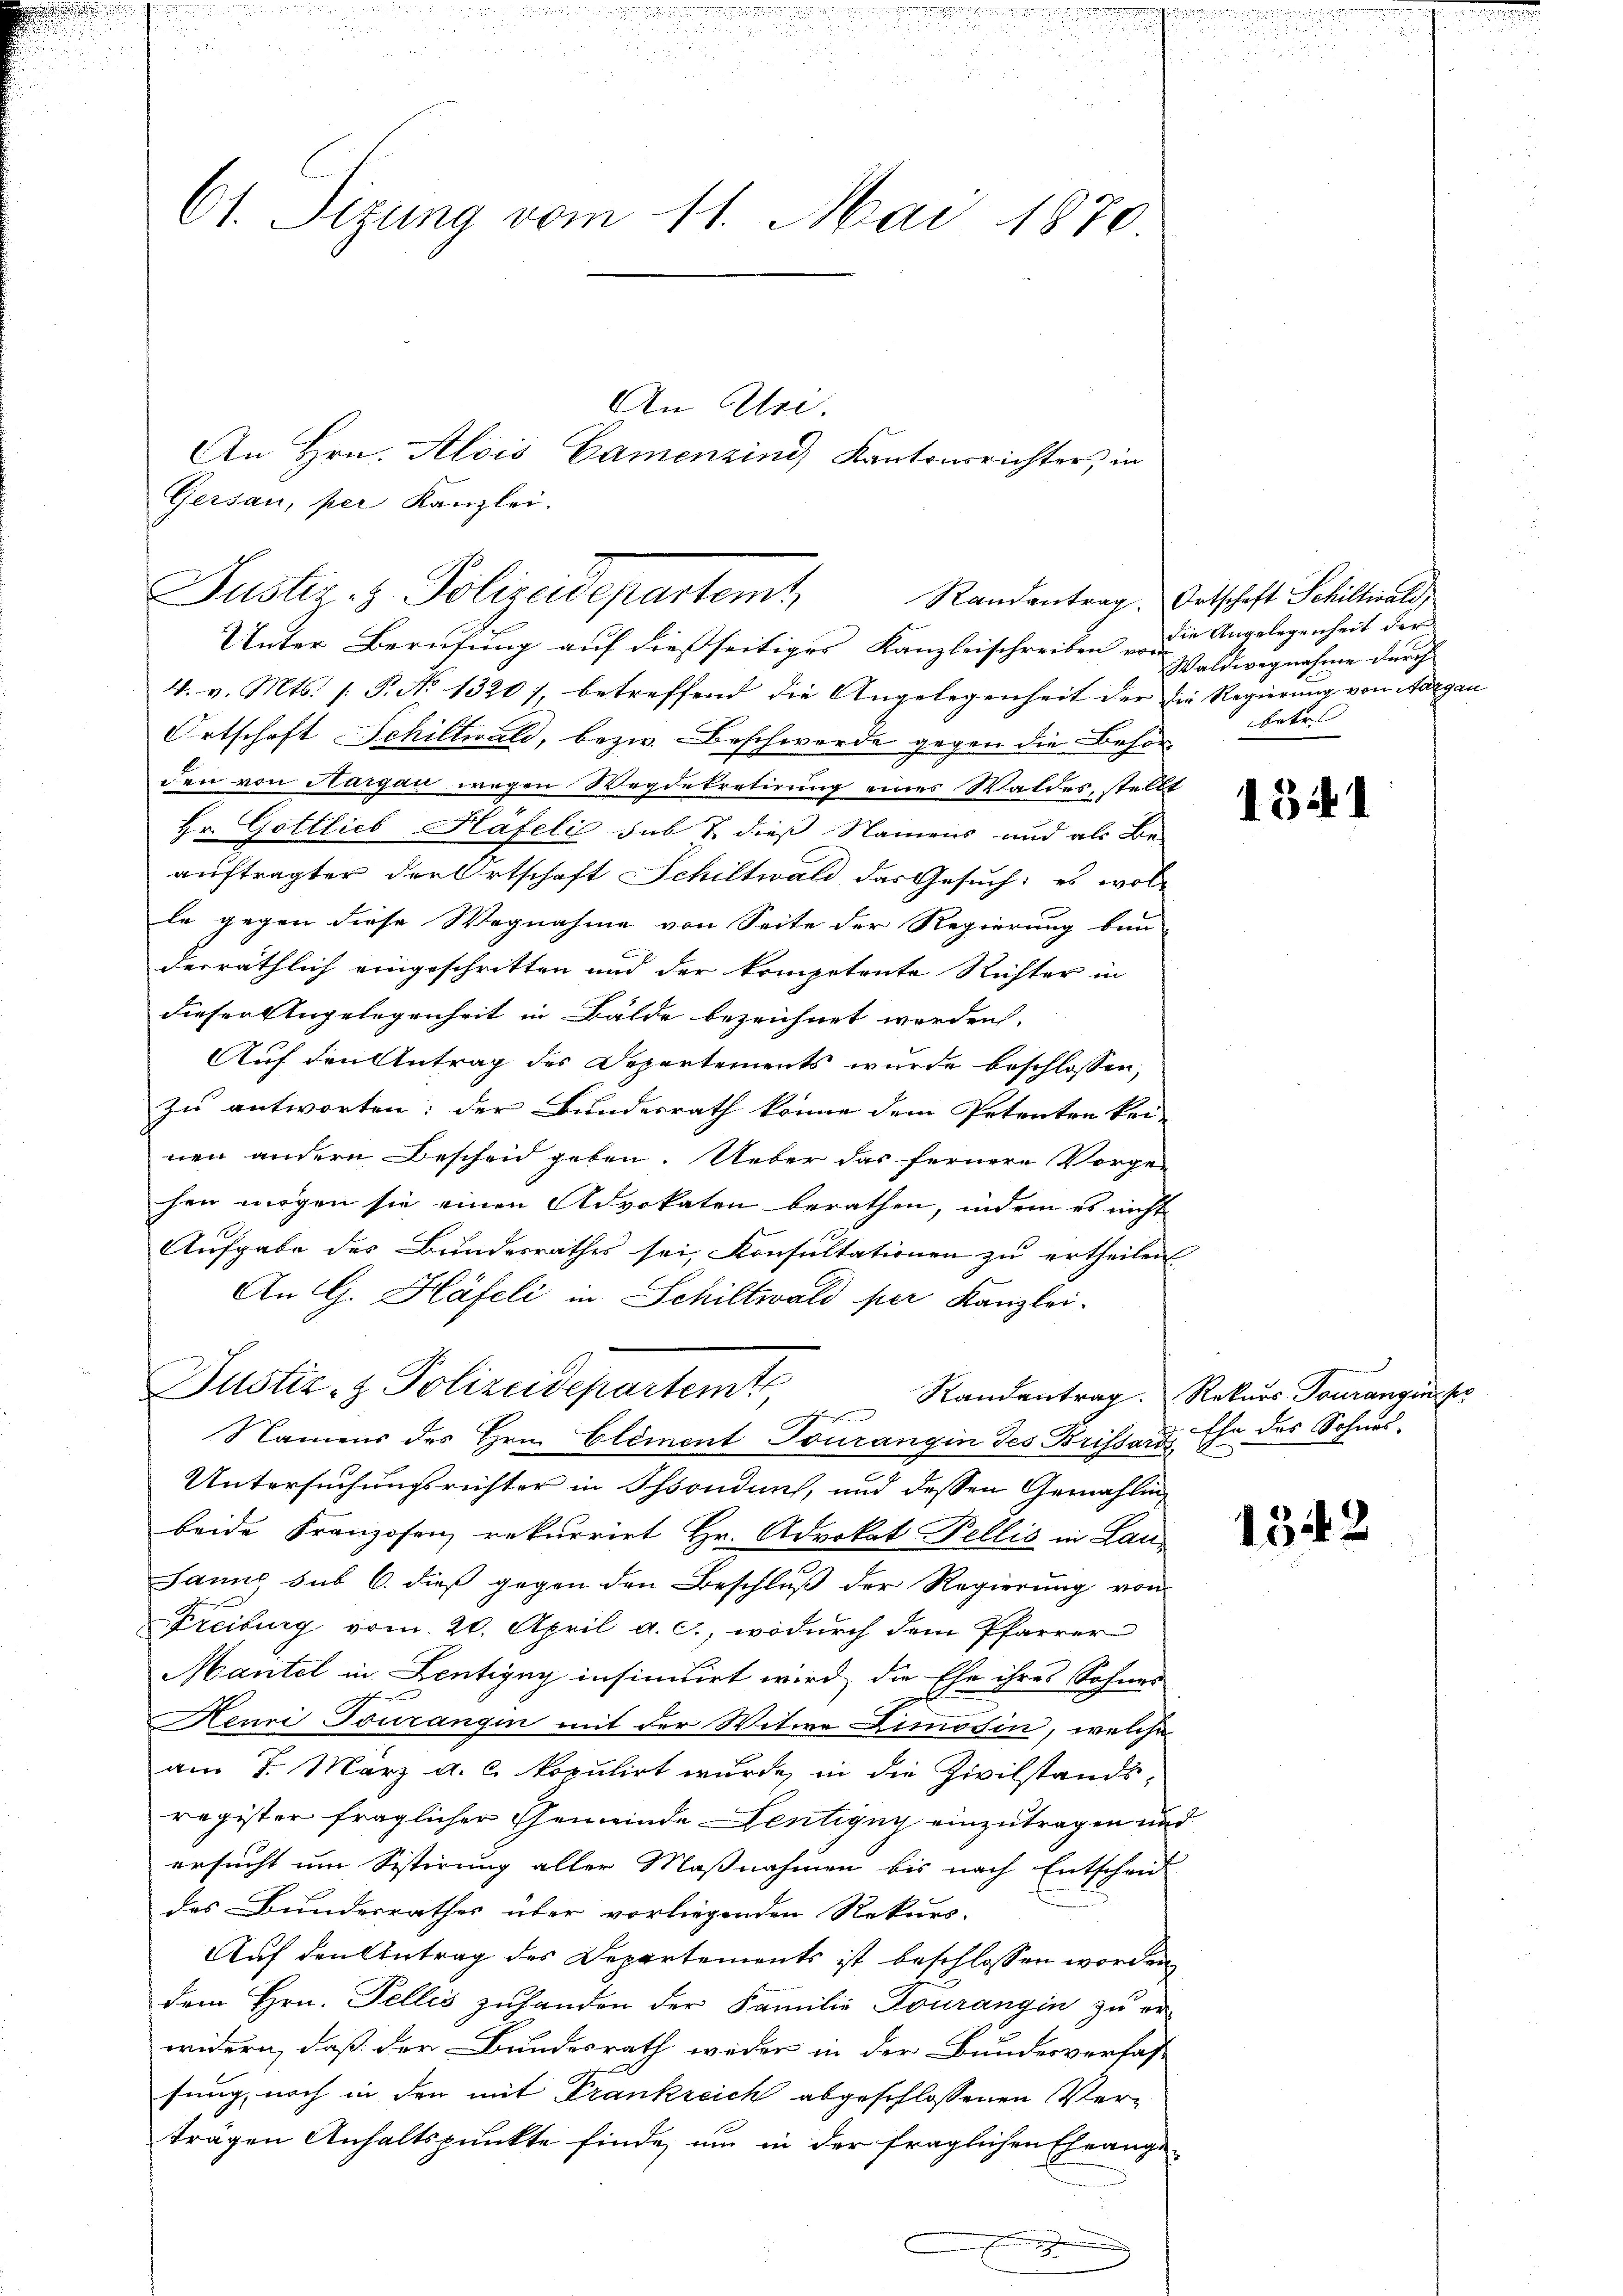
61. Sizung vom 11. Mai 1870

Gersau, per Kanzlei.
Unter Berufung auf dießseitiges Kanzleischreiben die Angelegenheit der
4. v. Mts. 1. P. No 1320), betreffend die Angelegenheit der die Regierung von Aargau
Ortschaft Schiltwald, bezw. Beschwerde gegen die Behörden von Hargau wegen Wegdekretirung eines Waldes, stellt
Hr. Gottlieb Häfeli sub & dieß Namens und als Be-
auftragter der Ortschaft Schiltwald das Gesuch: es wol-
le gegen diese Wegnahme von Seite der Regierung ban
derräthlich eingeschritten und der kompetente Richter in
dieser Angelegenheit in Balde bezeichnet werden,
Auf den Antrag des Departements wurde beschlossen,
zu antworten; der Bundesrath könne dem Petenten kei-
nen andern Bescheid geben. Ueber das fernere Vorge-
hen mögen sie einen Advokaten berathen, indem es nicht
Aufgabe des Bundesrathes sei, Konsultationen zu ertheilen
An G. Häfeli in Schiltwald per Kanzlei.
Justiz- & Polizeidepartemt,
Standentrag. Rekurs Fourangin se
Namens des Hrn. Clement Tourangin des Brissard Ehe des Sohnes¬
Untersuchungsrichter in Thonduit, und dessen Gemählinbeide Franzosen rekurrirt Hr. Advokat Pellis in Lau
Janus sub 6. dieß gegen den Beschluß der Regierung von
Freiburg vom 20. April a. c., wodurch dem Pfarrer
Mantel in Lentigny insinuirt wird, die Ehe ihres Sohnes
A
Henri Tourangin mit der Witwe Limosin, welche
am 7. März a. c. kopulirt wurde, in die Zivilstandsregister fraglicher Gemeinde Lentigny einzutragen und
ersucht um Sistirung aller Maßnahmen bis nach Entschei
des Bundesrathes über vorliegenden Rekurs-
Auf den Antrag des Departements ist beschlossen worden
dem Hrn. Fellis zuhanden der Familie Dourangin zu er-
widern, daß der Bundesrath weder in der Bundesverfas-
sung, noch in den mit Frankreich abgeschlossenen Verträgen Anhaltspunkte finde, um in der fraglichen Ehrange¬

An Uri.
An Hrn. Alois Camenzind Kantonsrichter in

Puster- & Polizeidepartamt

Randantrag. Ortschaft Schiltwald,
Waldwegnahme durch
betr.

1341

1542